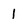
Character: 1